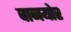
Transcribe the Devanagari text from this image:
वानयोर